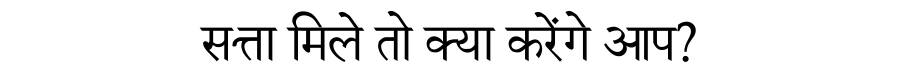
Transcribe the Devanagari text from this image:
सत्ता मिले तो क्या करेंगे आप?